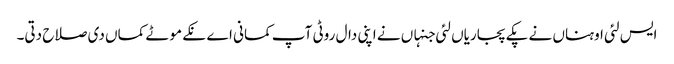
ایس لئی اوہناں نے پکے پجاریاں لئی جنہاں نے اپنی دال روٹی آپ کمانی اے نکے موٹے کماں دی صلاح دتی۔